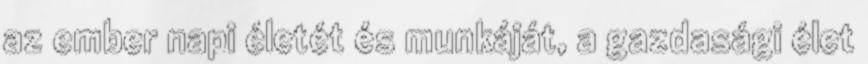
az ember napi életét és munkáját, a gazdasági élet